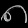
Digit: ၈